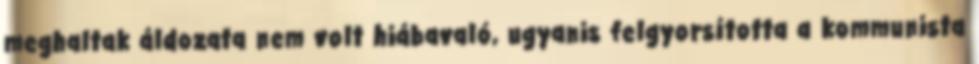
meghaltak áldozata nem volt hiábavaló, ugyanis felgyorsította a kommunista